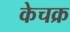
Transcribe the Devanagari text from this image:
केचक्र